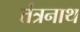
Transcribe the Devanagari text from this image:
तंंत्रनाथ